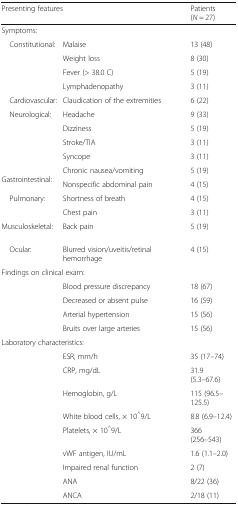
<table><thead><tr><td colspan="2"><b>Presenting features</b></td><td><b>Patients (<i>N</i> = 27)</b></td></tr></thead><tbody><tr><td>Symptoms:</td><td></td><td></td></tr><tr><td rowspan="4"> Constitutional:</td><td>Malaise</td><td>13 (48)</td></tr><tr><td>Weight loss</td><td>8 (30)</td></tr><tr><td>Fever (&gt; 38.0 C)</td><td>5 (19)</td></tr><tr><td>Lymphadenopathy</td><td>3 (11)</td></tr><tr><td> Cardiovascular:</td><td>Claudication of the extremities</td><td>6 (22)</td></tr><tr><td rowspan="4"> Neurological:</td><td>Headache</td><td>9 (33)</td></tr><tr><td>Dizziness</td><td>5 (19)</td></tr><tr><td>Stroke/TIA</td><td>3 (11)</td></tr><tr><td>Syncope</td><td>3 (11)</td></tr><tr><td rowspan="2"> Gastrointestinal:</td><td>Chronic nausea/vomiting</td><td>5 (19)</td></tr><tr><td>Nonspecific abdominal pain</td><td>4 (15)</td></tr><tr><td rowspan="2"> Pulmonary:</td><td>Shortness of breath</td><td>4 (15)</td></tr><tr><td>Chest pain</td><td>3 (11)</td></tr><tr><td> Musculoskeletal:</td><td>Back pain</td><td>5 (19)</td></tr><tr><td> Ocular:</td><td>Blurred vision/uveitis/retinal hemorrhage</td><td>4 (15)</td></tr><tr><td colspan="3">Findings on clinical exam:</td></tr><tr><td rowspan="4"></td><td>Blood pressure discrepancy</td><td>18 (67)</td></tr><tr><td>Decreased or absent pulse</td><td>16 (59)</td></tr><tr><td>Arterial hypertension</td><td>15 (56)</td></tr><tr><td>Bruits over large arteries</td><td>15 (56)</td></tr><tr><td colspan="3">Laboratory characteristics:</td></tr><tr><td rowspan="9"></td><td>ESR, mm/h</td><td>35 (17–74)</td></tr><tr><td>CRP, mg/dL</td><td>31.9 (5.3–67.6)</td></tr><tr><td>Hemoglobin, g/L</td><td>115 (96.5–125.5)</td></tr><tr><td>White blood cells, × 10<sup>^</sup>9/L</td><td>8.8 (6.9–12.4)</td></tr><tr><td>Platelets, × 10<sup>^</sup>9/L</td><td>366 (256–543)</td></tr><tr><td>vWF antigen, IU/mL</td><td>1.6 (1.1–2.0)</td></tr><tr><td>Impaired renal function</td><td>2 (7)</td></tr><tr><td>ANA</td><td>8/22 (36)</td></tr><tr><td>ANCA</td><td>2/18 (11)</td></tr></tbody></table>